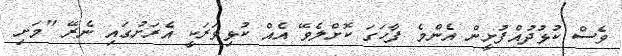
ވެސް ކުޅުދުއްފުށީން އެންމެ ފާހަގަ ކޮށްލެވޭ އެއް ކުޅިވަރަކީ އެރަށުގައި ނެރޭ "މަށި